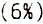
(6%)